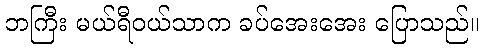
ဘကြီး မယ်ရီဝယ်သာက ခပ်အေးအေး ပြောသည်။